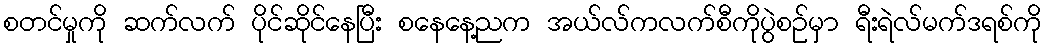
စတင်မှုကို ဆက်လက် ပိုင်ဆိုင်နေပြီး စနေနေ့ညက အယ်လ်ကလက်စီကိုပွဲစဉ်မှာ ရီးရဲလ်မက်ဒရစ်ကို